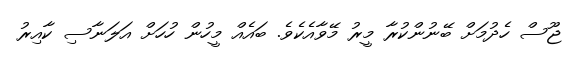
ޖޫސް ހެދުމަށް ބޭނުންކުރާ މީރު މޭވާއެކެވެ. ބައެއް މީހުން ހުހަށް އަލަނާސި ކާއިރު